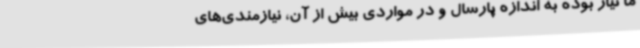
ما نیاز بوده به اندازه پارسال و در مواردی بیش از آن، نیازمندی‌های